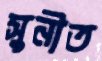
সুনীত